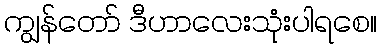
ကျွန်တော် ဒီဟာလေးသုံးပါရစေ။